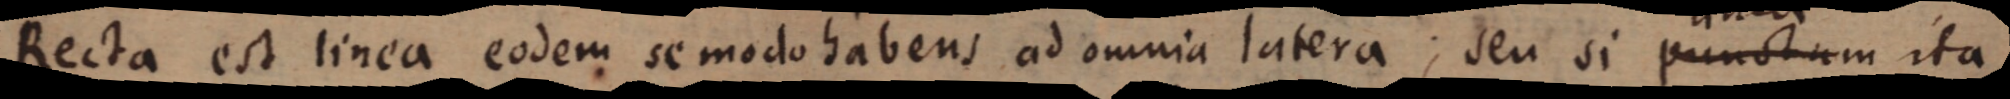
Recta est linea eodem se modo habens ad omnia latera; seu si punctum ita